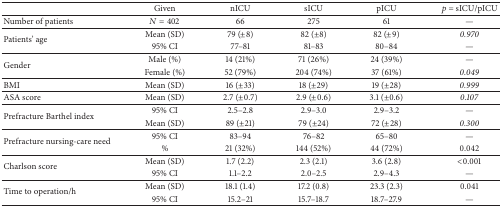
<table><thead><tr><td><b> </b></td><td><b>Given</b></td><td><b>nICU</b></td><td><b>sICU</b></td><td><b>pICU</b></td><td><b><i>p</i>= sICU/pICU</b></td></tr></thead><tbody><tr><td>Number of patients</td><td><i>N</i> = 402</td><td>66</td><td>275</td><td>61</td><td><i>—</i></td></tr><tr><td rowspan="2">Patients&#x27; age</td><td>Mean (SD)</td><td>79 (±8)</td><td>82 (±8)</td><td>82 (±9)</td><td><i>0.970</i></td></tr><tr><td>95% CI</td><td>77–81</td><td>81–83</td><td>80–84</td><td><i>—</i></td></tr><tr><td rowspan="2">Gender</td><td>Male (%)</td><td>14 (21%)</td><td>71 (26%)</td><td>24 (39%)</td><td><i>—</i></td></tr><tr><td>Female (%)</td><td>52 (79%)</td><td>204 (74%)</td><td>37 (61%)</td><td><i>0.049</i></td></tr><tr><td>BMI</td><td>Mean (SD)</td><td>16 (±33)</td><td>18 (±29)</td><td>19 (±28)</td><td><i>0.999</i></td></tr><tr><td>ASA score</td><td>Mean (SD)</td><td>2.7 (±0.7)</td><td>2.9 (±0.6)</td><td>3.1 (±0.6)</td><td><i>0.107</i></td></tr><tr><td rowspan="2">Prefracture Barthel index</td><td>95% CI</td><td>2.5–2.8</td><td>2.9–3.0</td><td>2.9–3.2</td><td><i>—</i></td></tr><tr><td>Mean (SD)</td><td>89 (±21)</td><td>79 (±24)</td><td>72 (±28)</td><td><i>0.300</i></td></tr><tr><td rowspan="2">Prefracture nursing-care need</td><td>95% CI</td><td>83–94</td><td>76–82</td><td>65–80</td><td><i>—</i></td></tr><tr><td>%</td><td>21 (32%)</td><td>144 (52%)</td><td>44 (72%)</td><td>0.042</td></tr><tr><td rowspan="2">Charlson score</td><td>Mean (SD)</td><td>1.7 (2.2)</td><td>2.3 (2.1)</td><td>3.6 (2.8)</td><td>&lt;0.001</td></tr><tr><td>95% CI</td><td>1.1–2.2</td><td>2.0–2.5</td><td>2.9–4.3</td><td>—</td></tr><tr><td rowspan="2">Time to operation/h</td><td>Mean (SD)</td><td>18.1 (1.4)</td><td>17.2 (0.8)</td><td>23.3 (2.3)</td><td>0.041</td></tr><tr><td>95% CI</td><td>15.2–21</td><td>15.7–18.7</td><td>18.7–27.9</td><td>—</td></tr></tbody></table>